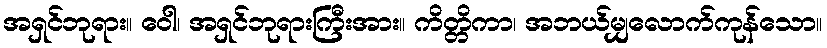
အရှင်ဘုရား။ ဝေါ၊ အရှင်ဘုရားကြီးအား။ ကိတ္တိကာ၊ အဘယ်မျှလောက်ကုန်သော။